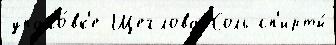
упако́вк'е Щеглова Соль сп'ирты́